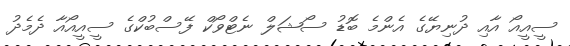
ސީއީއޯ އާއި ދުނިޔޭގެ އެންމެ ބޮޑު ސޯޝަލް ނެޓްވޯކް ފޭސްބުކްގެ ސީއީއޯއާ ދެމެދު